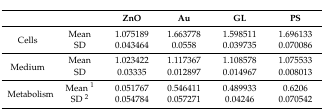
|  |  | ZnO | Au | GL | PS |
 | --- | --- | --- | --- | --- | --- |
 | <ROWSPAN=2> Cells | Mean | 1.075189 | 1.663778 | 1.598511 | 1.696133 |
 | SD | 0.043464 | 0.0558 | 0.039735 | 0.070086 |
 | <ROWSPAN=2> Medium | Mean | 1.023422 | 1.117367 | 1.108578 | 1.075533 |
 | SD | 0.03335 | 0.012897 | 0.014967 | 0.008013 |
 | <ROWSPAN=2> Metabolism | Mean 1 | 0.051767 | 0.546411 | 0.489933 | 0.6206 |
 | SD 2 | 0.054784 | 0.057271 | 0.04246 | 0.070542 |